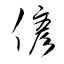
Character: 偐